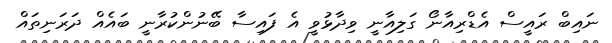
ނައިބް ރައީސް އެޑްރިއާނޯ ގަލިއާނީ ވިދާޅުވީ އެ ފައިސާ ބޭނުންކުރާނީ ބައެއް ދަރަނިތައް